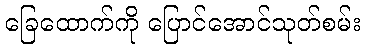
ခြေထောက်ကို ပြောင်အောင်သုတ်စမ်း